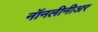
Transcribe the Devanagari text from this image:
नॉनलीनीअर